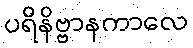
ပရိနိဗ္ဗာနကာလေ